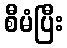
စီမံပြီး